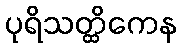
ပုရိသတ္ထိကေန